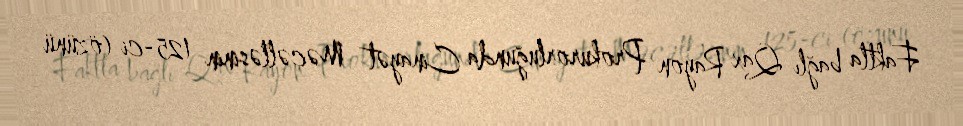
Faktla bağlı Qax Rayon Prokurorluğunda Cinayət Məcəlləsinin 125-ci (özünü